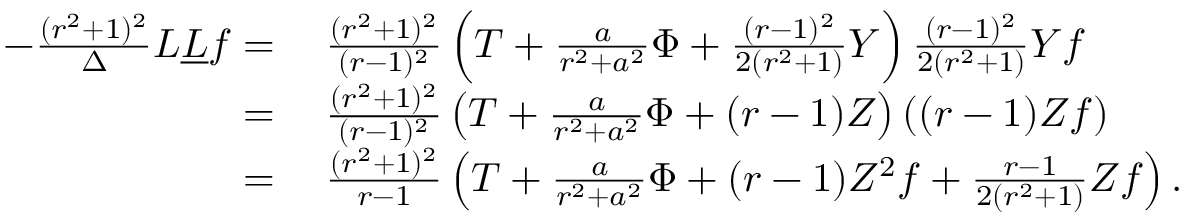
\begin{array} { r l } { - \frac { ( r ^ { 2 } + 1 ) ^ { 2 } } { \Delta } L \underline { { L } } f = } & { \: \frac { ( r ^ { 2 } + 1 ) ^ { 2 } } { ( r - 1 ) ^ { 2 } } \left( T + \frac { a } { r ^ { 2 } + a ^ { 2 } } \Phi + \frac { ( r - 1 ) ^ { 2 } } { 2 ( r ^ { 2 } + 1 ) } Y \right) \frac { ( r - 1 ) ^ { 2 } } { 2 ( r ^ { 2 } + 1 ) } Y f } \\ { = } & { \: \frac { ( r ^ { 2 } + 1 ) ^ { 2 } } { ( r - 1 ) ^ { 2 } } \left( T + \frac { a } { r ^ { 2 } + a ^ { 2 } } \Phi + ( r - 1 ) Z \right) ( ( r - 1 ) Z f ) } \\ { = } & { \: \frac { ( r ^ { 2 } + 1 ) ^ { 2 } } { r - 1 } \left( T + \frac { a } { r ^ { 2 } + a ^ { 2 } } \Phi + ( r - 1 ) Z ^ { 2 } f + \frac { r - 1 } { 2 ( r ^ { 2 } + 1 ) } Z f \right) . } \end{array}